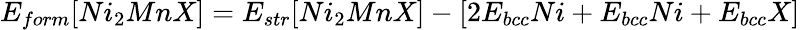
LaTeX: E_{form}[Ni_{2}MnX]=E_{str}[Ni_{2}MnX]-\left[2E_{bcc}Ni+E_{bcc}Ni+E_{bcc}X\right]